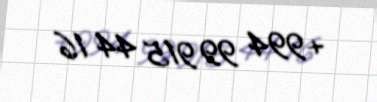
+994 99 915 44 16